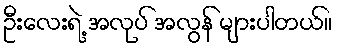
ဦးလေးရဲ့ အလုပ် အလွန် များပါတယ်။